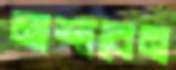
মাশাবেন